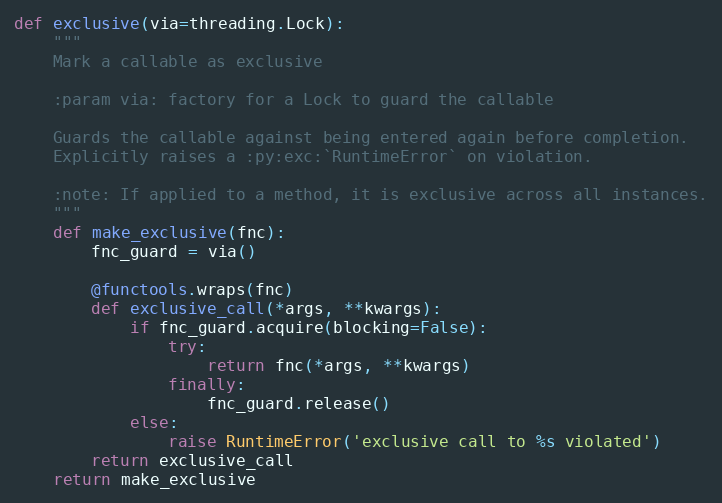
Language: Python
def exclusive(via=threading.Lock):
    """
    Mark a callable as exclusive

    :param via: factory for a Lock to guard the callable

    Guards the callable against being entered again before completion.
    Explicitly raises a :py:exc:`RuntimeError` on violation.

    :note: If applied to a method, it is exclusive across all instances.
    """
    def make_exclusive(fnc):
        fnc_guard = via()

        @functools.wraps(fnc)
        def exclusive_call(*args, **kwargs):
            if fnc_guard.acquire(blocking=False):
                try:
                    return fnc(*args, **kwargs)
                finally:
                    fnc_guard.release()
            else:
                raise RuntimeError('exclusive call to %s violated')
        return exclusive_call
    return make_exclusive